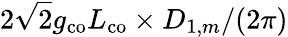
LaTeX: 2\sqrt{2}g_{\mathrm{co}}L_{\mathrm{co}}\times D_{1,m}/(2\pi)